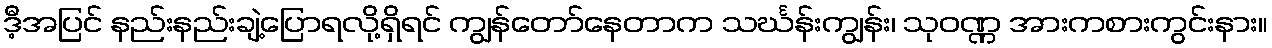
ဒီ့အပြင် နည်းနည်းချဲ့ပြောရလို့ရှိရင် ကျွန်တော်နေတာက သင်္ဃန်းကျွန်း၊ သုဝဏ္ဏ အားကစားကွင်းနား။